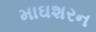
માઘશરન